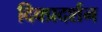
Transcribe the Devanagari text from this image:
दिक्प्रदर्शन